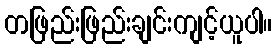
တဖြည်းဖြည်းချင်းကျင့်ယူပါ။